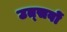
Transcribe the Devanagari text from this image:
उत्‍सवों